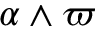
\alpha \wedge \varpi